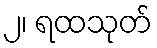
၂၊ ရထသုတ်